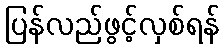
ပြန်လည်ဖွင့်လှစ်ရန်